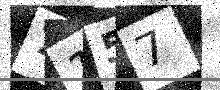
Text: 7157